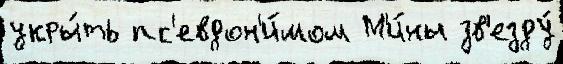
укры́ть пс'евдон'и́мом М'и́ны зв'езду́